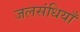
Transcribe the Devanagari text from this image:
जलसंधियाँ